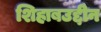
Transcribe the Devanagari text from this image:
शिहाबउद्दीन